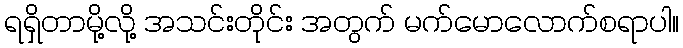
ရရှိတာမို့လို့ အသင်းတိုင်း အတွက် မက်မောလောက်စရာပါ။